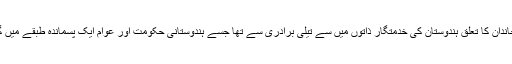
مودی کے خاندان کا تعلق ہندوستان کی خدمتگار ذاتوں میں سے تیلی برادری سے تھا جسے ہندوستانی حکومت اور عوام ایک پسماندہ طبقے میں گردانتے ہیں۔